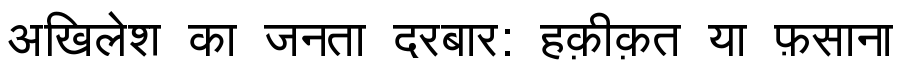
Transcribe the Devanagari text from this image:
अखिलेश का जनता दरबार: हक़ीक़त या फ़साना